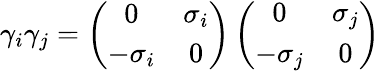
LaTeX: \gamma_{i}\gamma_{j}=\left(\begin{array}{cc}{{0}}&{{\sigma_{i}}}\\ {{-\sigma_{i}}}&{{0}}\end{array}\right)\left(\begin{array}{cc}{{0}}&{{\sigma_{j}}}\\ {{-\sigma_{j}}}&{{0}}\end{array}\right)